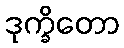
ဒုက္ခိတော